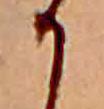
か